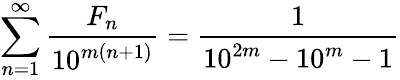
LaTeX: \sum_{n=1}^{\infty}{\frac{F_{n}}{10^{m(n+1)}}}={\frac{1}{10^{2m}-10^{m}-1}}